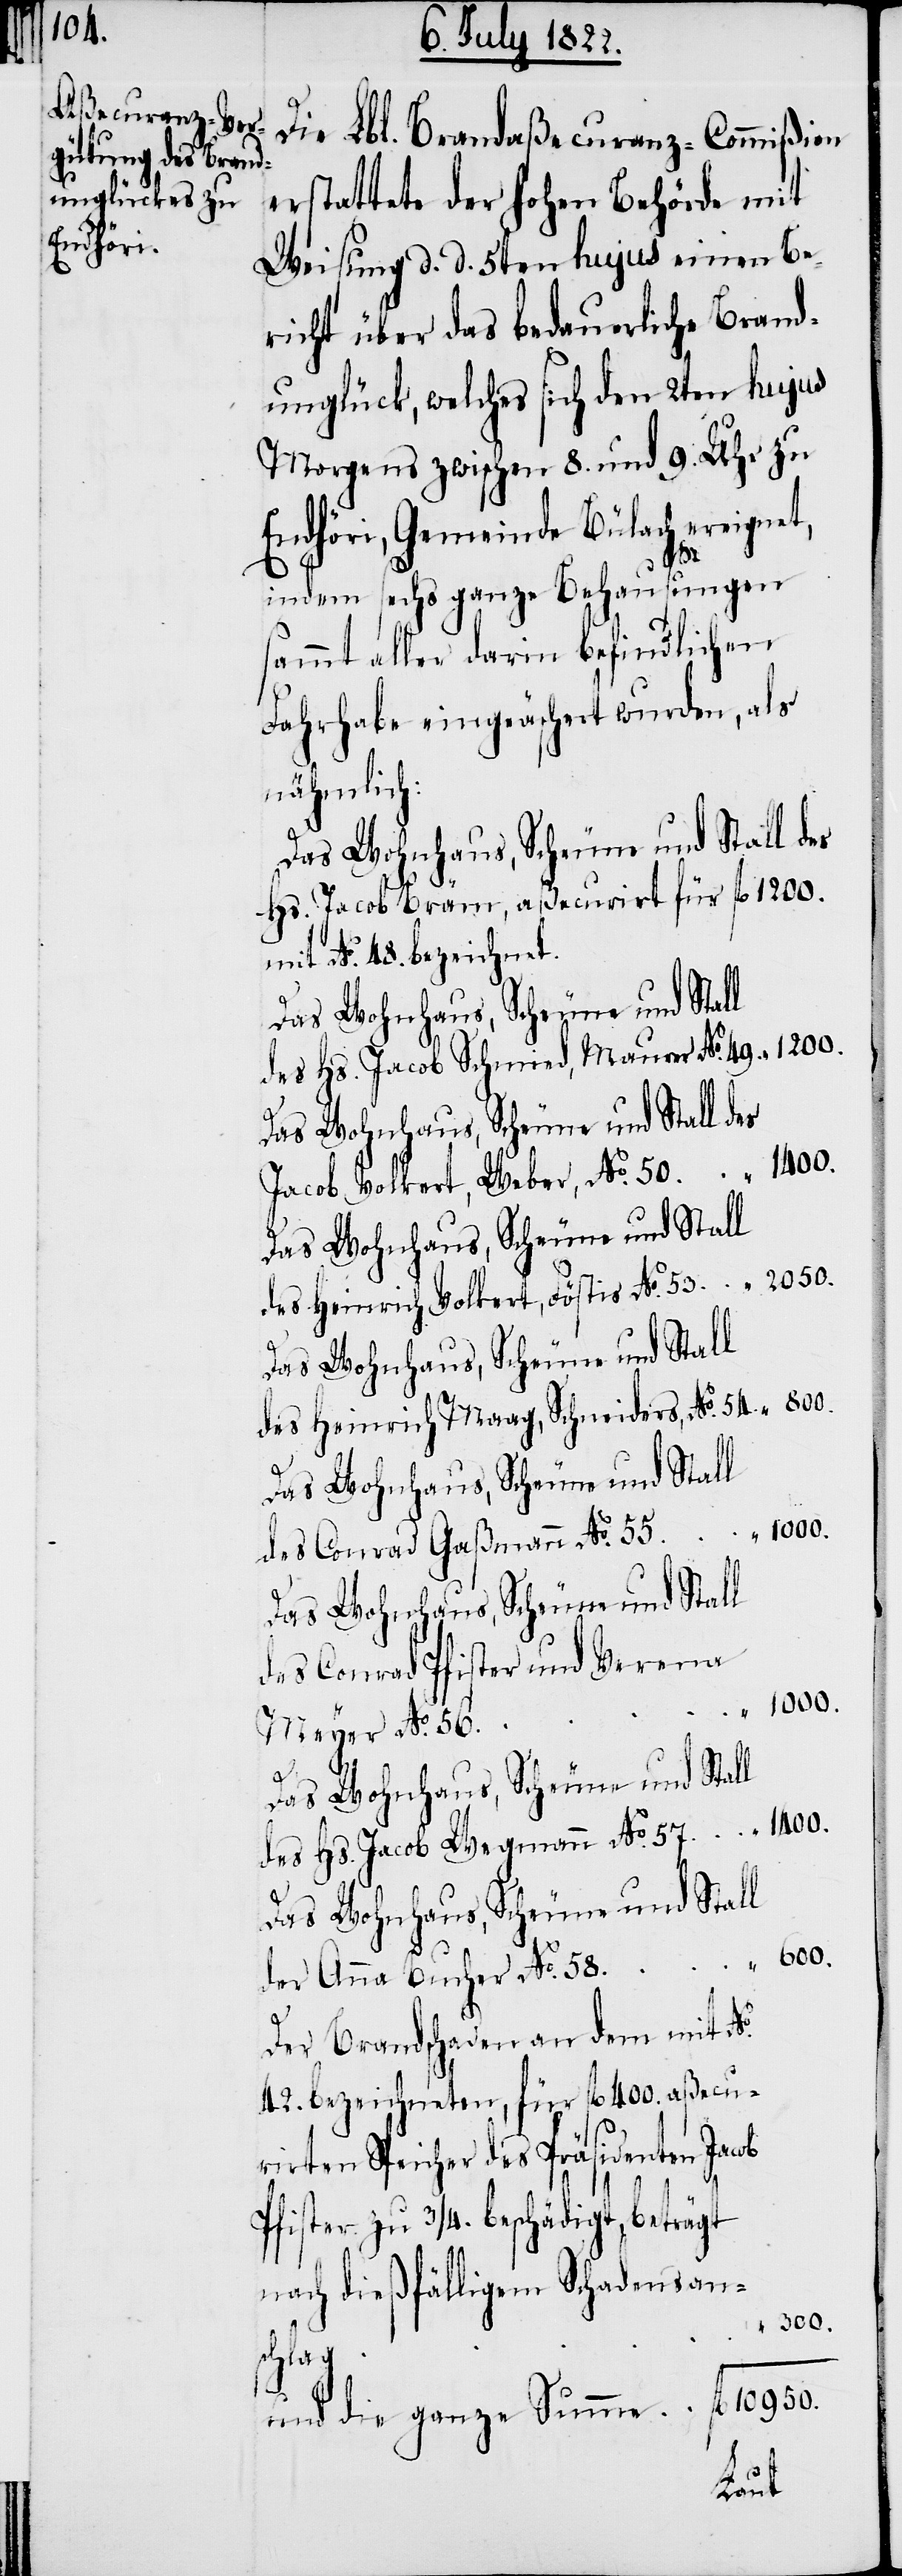
Die Lbl. Brandaßecuranz-Commißion
erstattete der Hohen Behörde mit
Weisung d. d. 5ten hujus einen Be¬
richt über das bedauerliche Brand¬
unglück, welches sich den 2ten hujus
Morgens zwischen 8. und 9. Uhr zu
Endhöri, Gemeinde Bülach ereignet,
indem sechs ganze Behausungen
sammt aller darin befindlichen
Fahrhabe eingeäschert wurden, als
nähmlich:
des Jacob Bräm, aßecurirt für 	fl. 1200.
mit No. 48. bezeichnet.
des Hs. Jacob Schmied, Maurer No. 49.
Jacob Volkert, Weber, No. 50.		fl. 1400.
des Heinrich Volkert, Föstis No. 53.
Das Wohnhaus, Scheune und Stall
des Heinrich Maag, Schneiders, No. 54.
1200.
des Conrad Gaßmann No. 55.
Das Wohnhaus, Scheune und Stall
des Conrad Pfister und Verena
Meyer No.
Das Wohnhaus, Scheune und Stall
des Hs. Jacob Wegmann No. 57.
der Anna Bucher No.
Der Brandschaden an dem mit No.
42. bezeichneten, für fl. 400. aßecuri¬
Speicher des Präsidenten Jacob
Pfister zu ¾ beschädigt, beträgt
300.
und
ganze